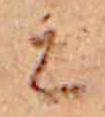
ミ